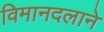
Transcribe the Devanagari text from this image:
विमानदलाने